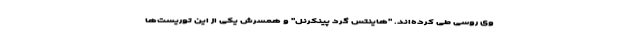
وی روسی طی کرده‌اند. "هاینتس گرد پینکرنل" و همسرش یکی از این توریست‌ها